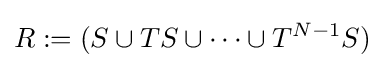
R:=(S\cup TS\cup \dots \cup T^{N-1}S)